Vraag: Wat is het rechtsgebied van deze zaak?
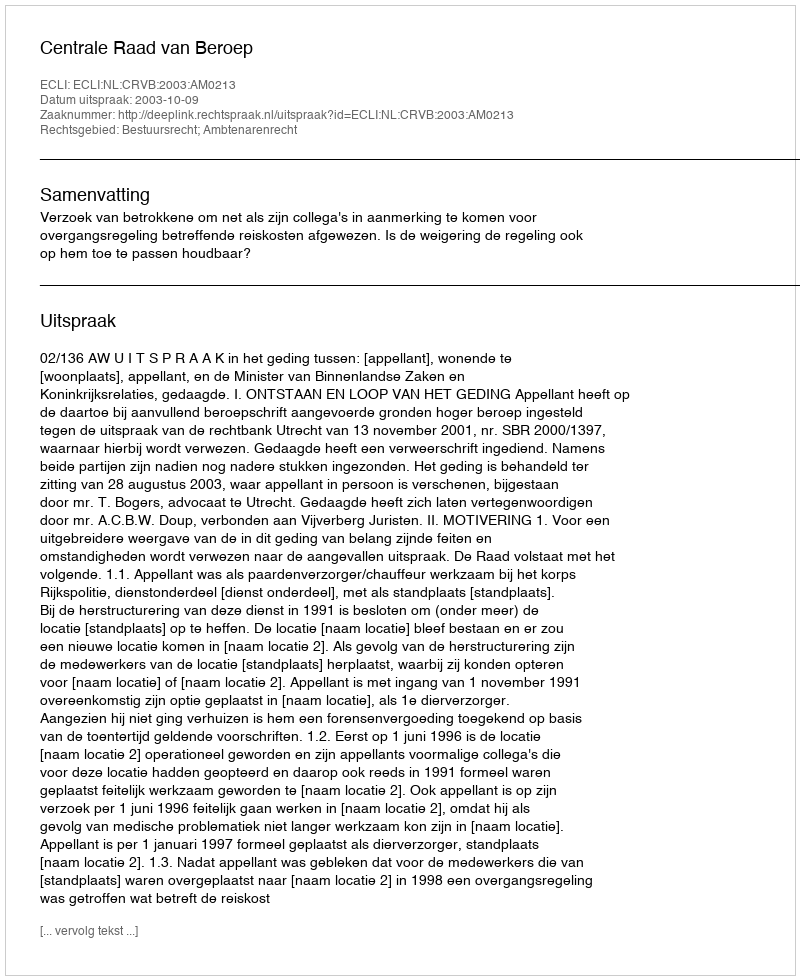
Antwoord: Bestuursrecht; Ambtenarenrecht